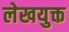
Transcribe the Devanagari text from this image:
लेखयुक्त